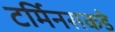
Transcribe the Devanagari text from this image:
टर्मिनसकडे